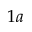
1 a